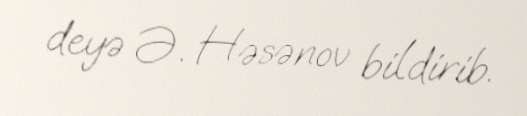
deyə Ə. Həsənov bildirib.